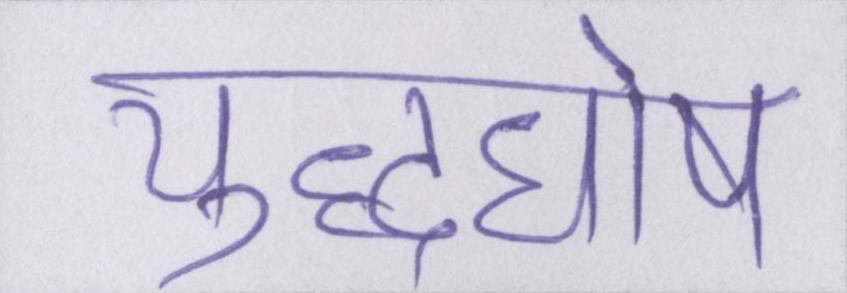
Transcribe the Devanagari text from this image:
युद्धघोष